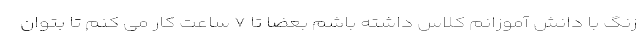
زنگ با دانش آموزانم کلاس داشته باشم بعضا تا ۷ ساعت کار می کنم تا بتوان